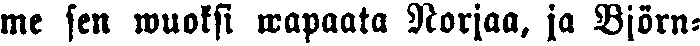
me sen wuoksi wapaata Norjaa, ja Björn-